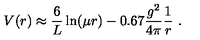
V ( r ) \approx \frac { 6 } { L } \ln ( \mu r ) - 0 . 6 7 \frac { g ^ { 2 } } { 4 \pi } \frac { 1 } { r } \ .